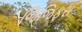
જિજિફસ